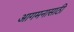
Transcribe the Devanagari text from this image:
आगमनासाठी